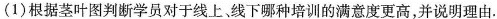
（1）根据茎叶图判断学员对于线上、线下哪种培训的满意度更高，并说明理由.